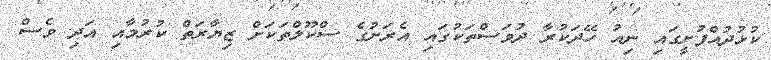
ކުޅުދުއްފުށީގައި ނިއު ހޭދަކުރާ ދުވަސްތަކުގައި އެރަށުގެ ސްކޫލްތަކަށް ޒިޔާރަތް ކުރުމާއި އަދި ވެސް